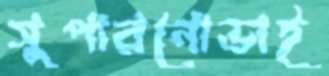
সুপারনোভাই